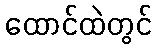
ထောင်ထဲတွင်